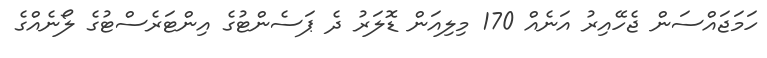
ހަމަޖައްސަން ޖެހޭއިރު އަނެއް 170 މިލިއަން ޑޮލަރު ދެ ޕަސެންޓުގެ އިންޓަރެސްޓުގެ ލޯނެއްގެ